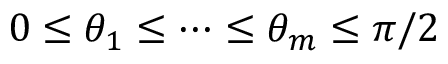
0 \leq \theta _ { 1 } \leq \dots \leq \theta _ { m } \leq \pi / 2